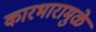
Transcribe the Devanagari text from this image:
कारभारामुळे